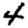
Digit: 4